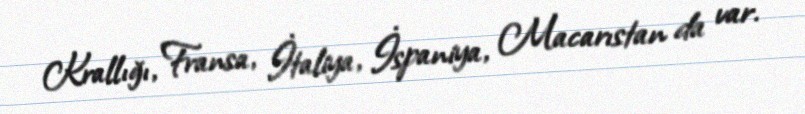
Krallığı, Fransa, İtaliya, İspaniya, Macarıstan da var.